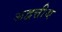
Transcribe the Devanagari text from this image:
अद्वत्तीय